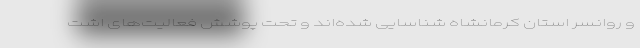
و روانسر استان کرمانشاه شناسایی شده‌اند و تحت پوشش فعالیت‌های اشت